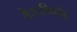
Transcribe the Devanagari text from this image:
वेस्टविनोद